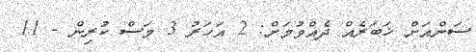
ސަންއަށް ޚަބަރެއް ދެއްވުމަށް: 2 އަހަރު 3 މަސް ކުރިން - 11